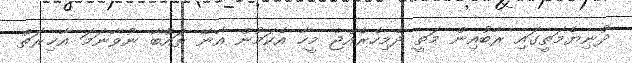
ދުނިޔެމަތީގައި ރާބުއިން މަތީ ދެމިހެރެއްޖެ މީހާ އެކަމުން އާނޭ ތައުބާ ނުވާނަމަ އާޚިރަތް